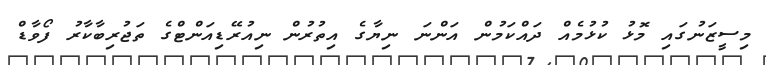
މިސީޒަނުގައި މޮޅު ކުޅުމެއް ދައްކަމުން އަންނަ ނިޔާގެ އިތުރުން ނިއުރޭޑިއަންޓްގެ ތަޖުރިބާކާރު ފޯވާޑް